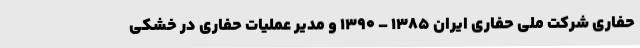
حفاری شرکت ملی حفاری ایران ۱۳۸۵ – ۱۳۹۰ و مدیر عملیات حفاری در خشکی